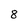
Character: 8